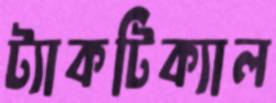
ট্যাকটিক্যাল